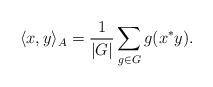
LaTeX: \begin{align*} \langle x, y \rangle_A = \frac{1}{|G|} \sum_{g \in G} g(x^*y). \end{align*}